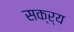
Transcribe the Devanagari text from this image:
सक्र्य